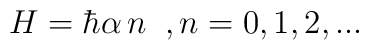
H=\hbar \alpha \,n \;\;, n =0,1,2,...